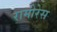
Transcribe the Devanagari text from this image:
रामीरेस